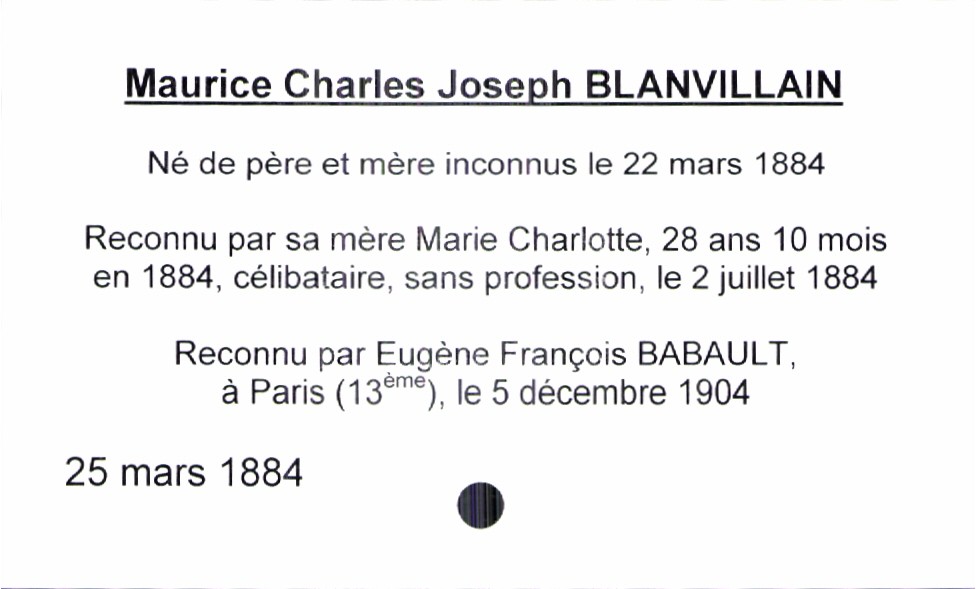
type_acte: Baptême
observations: né de père et mère inconnus le 22 mars 1884, reconnu par sa mère le 2 juillet 1884, puis son père le 5 décembre 1904
filiation: fils
enfant_prénom: Maurice Charles Joseph
enfant_date_de_naissance: 25 mars 1884
père_enfant_nom: Babault
père_enfant_prénom: Eugène François
mère_enfant_nom: Blanvillain
mère_enfant_prénom: Marie Charlotte
mère_enfant_âge: 28 ans 10 mois
mère_enfant_profession: sans profession